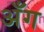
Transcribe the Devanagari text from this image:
अँग